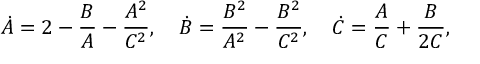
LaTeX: \dot { A } = 2 - \frac { B } { A } - \frac { A ^ { 2 } } { C ^ { 2 } } , \quad \dot { B } = \frac { B ^ { 2 } } { A ^ { 2 } } - \frac { B ^ { 2 } } { C ^ { 2 } } , \quad \dot { C } = \frac { A } { C } + \frac { B } { 2 C } ,